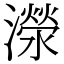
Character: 濴